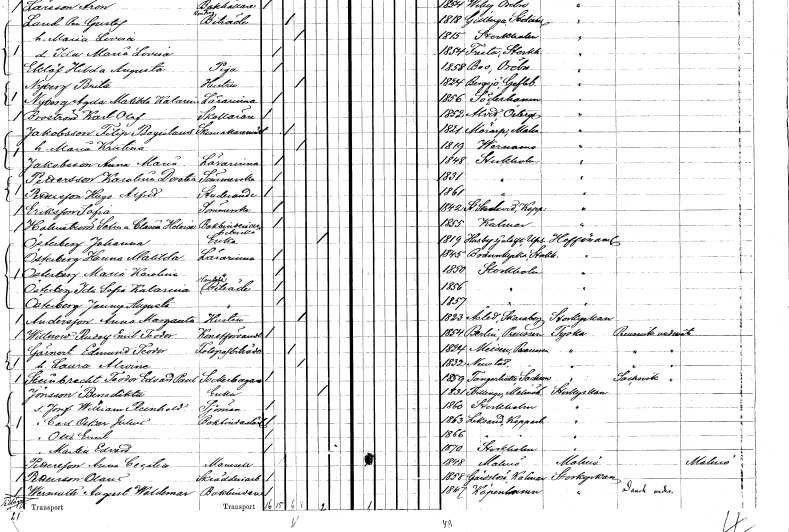
gt_parse: households: individuals: FN: Filip Bogislaus
EN: Jakobsson
YRKE: Skomakarmäster
KON: M
CIV: G
FODAR: 1821
FODFORS: Mörarp Malmöhus län
FN: Maria Kristina
KON: K
CIV: G
FODAR: 1819
FODFORS: Värnamo Jönköpings län
FN: Anna Maria
EN: Jakobsson
YRKE: Lärarinna
KON: K
CIV: O
FODAR: 1848
FODFORS: Stockholm
FN: Karolina Dorotea
EN: Pettersson
YRKE: Sömmerska
KON: K
CIV: O
FODAR: 1831
FODFORS: Stockholm
FN: Hugo Alfred
EN: Pettersson
YRKE: Studerande
KON: M
CIV: O
FODAR: 1861
FODFORS: Stockholm
FN: Sofia
EN: Eriksson
YRKE: Sömmerska
KON: K
CIV: O
FODAR: 1842
FODFORS: Stora Skedvi Kopparbergs län
FN: Selma Claria Heloise
EN: Hahnström
YRKE: Bokbinderiarbeterska
KON: K
CIV: O
FODAR: 1855
FODFORS: Kalmar Kalmar län
FN: Johanna
EN: Österberg
YRKE: Änka
KON: K
CIV: E
FODAR: 1819
FODFORS: Husby-Sjutolft Uppsala län
FN: Hanna Matilda
EN: Österberg
YRKE: Lärarinna
KON: K
CIV: O
FODAR: 1845
FODFORS: Brännkyrka Stockholms län
FN: Maria Karolina
EN: Österberg
YRKE: Lärarinna
KON: K
CIV: O
FODAR: 1850
FODFORS: Stockholm
FN: Ida Sofia Katarina
EN: Österberg
YRKE: Hushållsbiträde
KON: K
CIV: O
FODAR: 1856
FODFORS: Stockholm
FN: Jenny Augusta
EN: Österberg
YRKE: Hushållsbiträde
KON: K
CIV: O
FODAR: 1857
FODFORS: Stockholm
FN: Anna Margareta
EN: Andersson
YRKE: Hustru
KON: K
CIV: G
FODAR: 1823
FODFORS: Åsle Skaraborgs län
FN: Rudolf Emil Teodor
EN: Willnow
YRKE: Konstförvandt
KON: M
CIV: O
FODAR: 1854
FN: Edmund Teodor
EN: Gärnert
YRKE: Fotografbiträde
KON: M
CIV: G
FODAR: 1824
FN: Laura Alwine
KON: K
CIV: G
FODAR: 1832
FN: Teodor Edvard Paul
EN: Steinbrecht
YRKE: Sockerbagare
KON: M
CIV: O
FODAR: 1859
FN: Benedikta
EN: Jönsson
YRKE: Änka
KON: K
CIV: E
FODAR: 1831
FODFORS: Frillestad Malmöhus län
FN: Josef William Reinhold
YRKE: Sjöman
KON: M
CIV: O
FODAR: 1860
FODFORS: Stockholm
FN: Carl Oskar Julius
YRKE: Bokbindarelärling
KON: M
CIV: O
FODAR: 1863
FODFORS: Leksand Kopparbergs län
FN: Otto Emil
KON: M
CIV: O
FODAR: 1866
FODFORS: Leksand Kopparbergs län
FN: Martin Edvard
KON: M
CIV: O
FODAR: 1870
FODFORS: Stockholm
FN: Anna Cecilia
EN: Pettersson
KON: K
CIV: O
FODAR: 1848
FODFORS: Malmö Malmöhus län
FN: Olaus
EN: Pettersson
YRKE: Skrädderiarbetare
KON: M
CIV: O
FODAR: 1858
FODFORS: Gärdslösa Kalmar län
FN: August Waldemar
EN: Wermuth
YRKE: Bokbindare
KON: M
CIV: O
FODAR: 1847